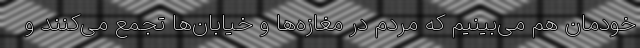
خودمان هم می‌بینیم که مردم در مغازه‌ها و خیابان‌ها تجمع می‌کنند و